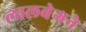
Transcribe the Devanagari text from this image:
लालबेगने